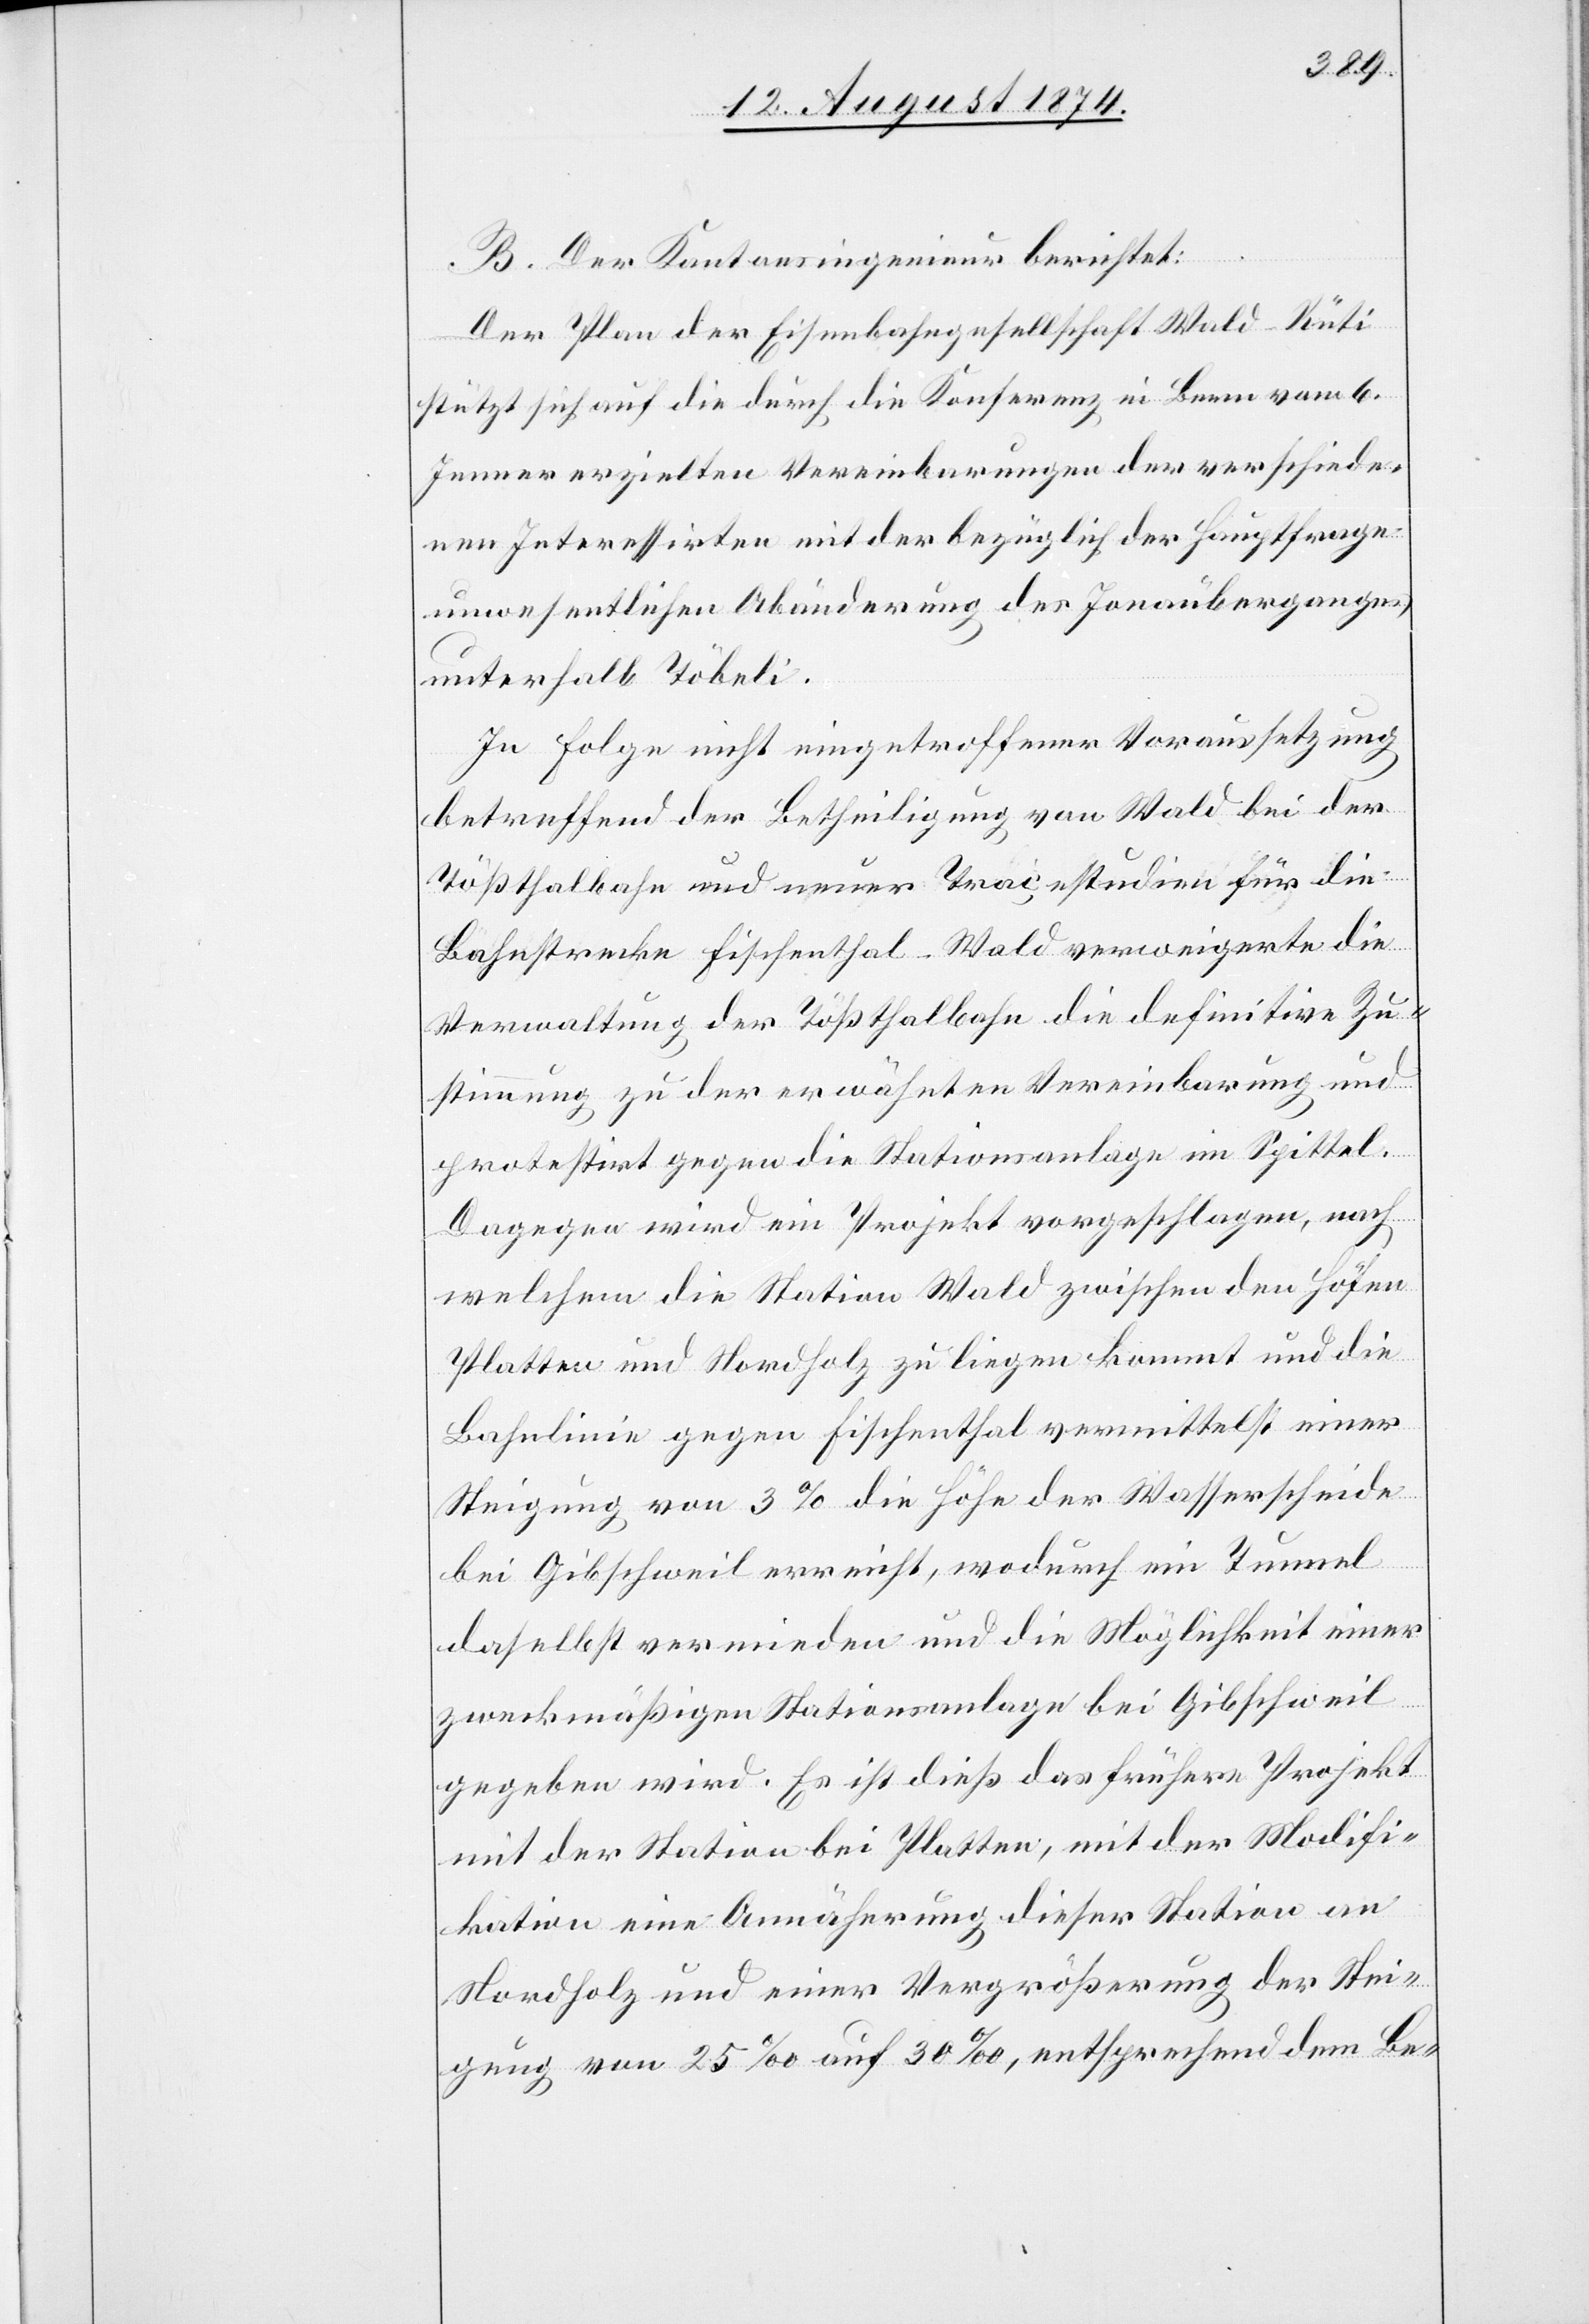
B. Der Kantonsingenieur berichtet:
Der Plan der Eisenbahngesellschaft Wald–Rüti
stützt sich auf die durch die Konferenz in Bern vom 6.
Jenner erzielten Vereinbarungen der verschiede¬
nen Interessirten mit der bezüglich der Hauptfrage
unwesentlichen Abänderung des Jonaüberganges
unterhalb Töbeli.
In Folge nicht eingetroffener Voraussetzung
betreffend der Betheiligung von Wald bei der
Tößthalbahn und neuer Tracestudien für die
Bahnstrecke Fischenthal–Wald verweigerte die
Verwaltung der Tößthalbahn die definitive Zu¬
stimmung zu der erwähnten Vereinbarung und
protestirt gegen die Stationsanlage im Spittel.
Dagegen wird ein Projekt vorgeschlagen, nach
welchem die Station Wald zwischen den Höfen
Platten und Nordholz zu liegen kommt und die
Bahnlinie gegen Fischenthal vermittelst einer
Steigung von 3% die Höhe der Wasserscheide
bei Gibschweil erreicht, wodurch ein Tunnel
daselbst vermieden und die Möglichkeit einer
zweckmäßigen Stationsanlage bei Gibschweil
gegeben wird. Es ist dieß das frühere Projekt
mit der Station bei Platten, mit der Modifi¬
kation eine Annäherung dieser Station an
Nordholz und einer Vergrößerung der Stei¬
gung von 25‰ auf 30‰, entsprechend dem Be-